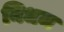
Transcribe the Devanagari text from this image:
निधम